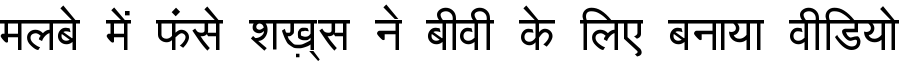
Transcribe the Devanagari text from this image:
मलबे में फंसे शख़्स ने बीवी के लिए बनाया वीडियो